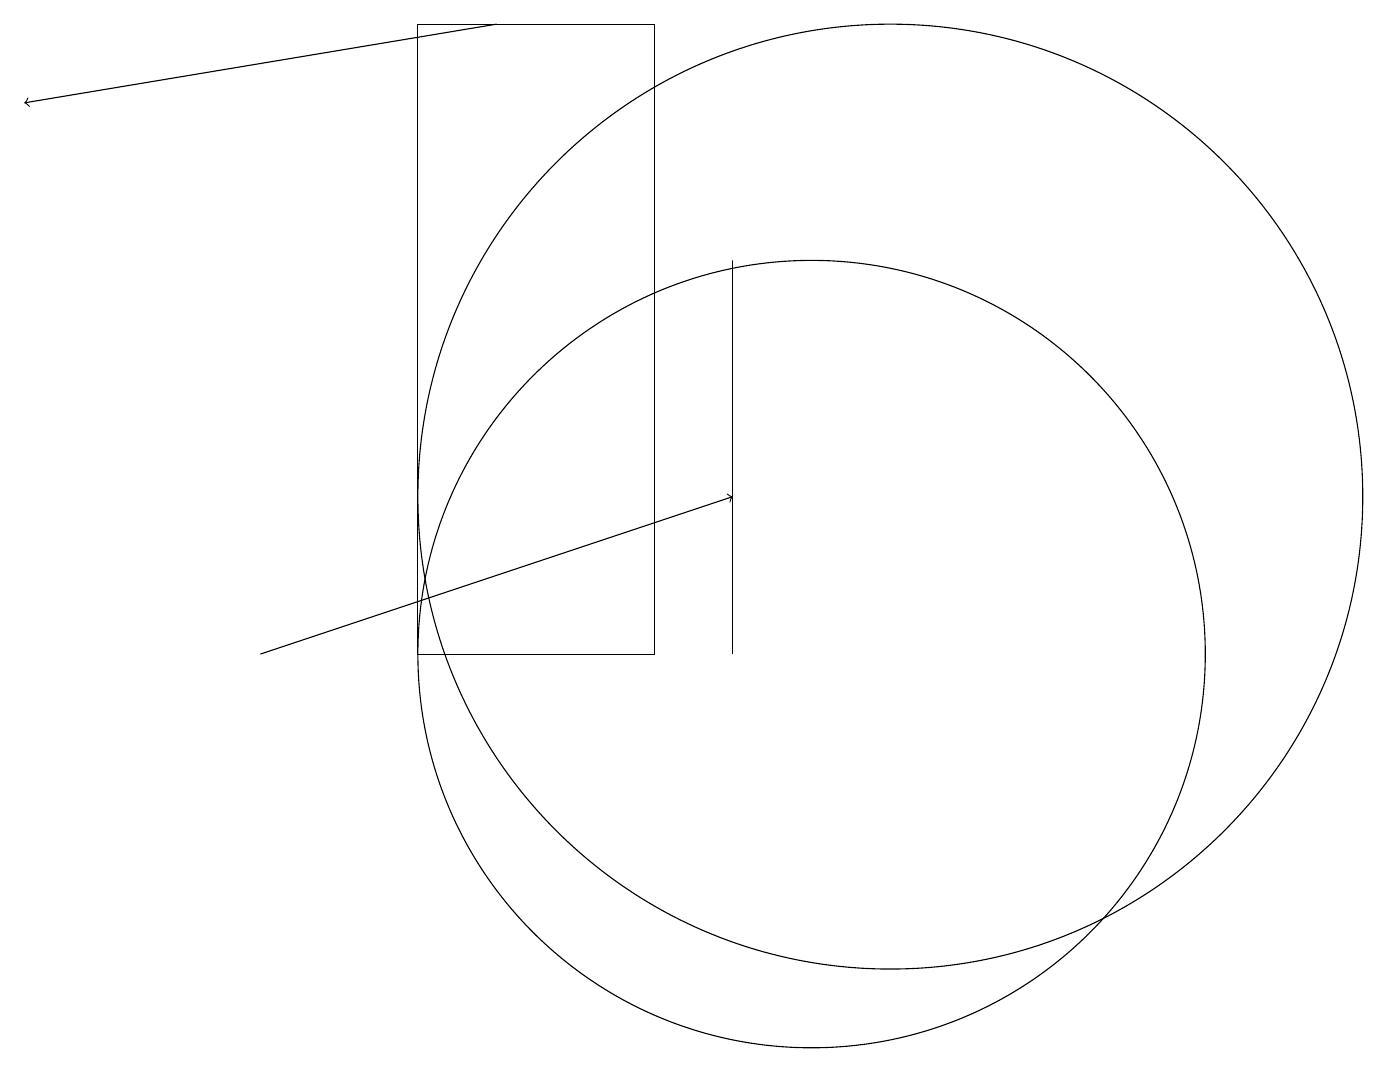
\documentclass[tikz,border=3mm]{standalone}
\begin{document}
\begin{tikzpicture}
\draw (9,10) rectangle (9,15);
\draw (11,12) circle (6);
\draw[->] (3,10) -- (9,12);
\draw (5,10) rectangle (8,18);
\draw (10,10) circle (5);
\draw[->] (6,18) -- (0,17);
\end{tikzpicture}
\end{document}